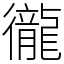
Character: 徿